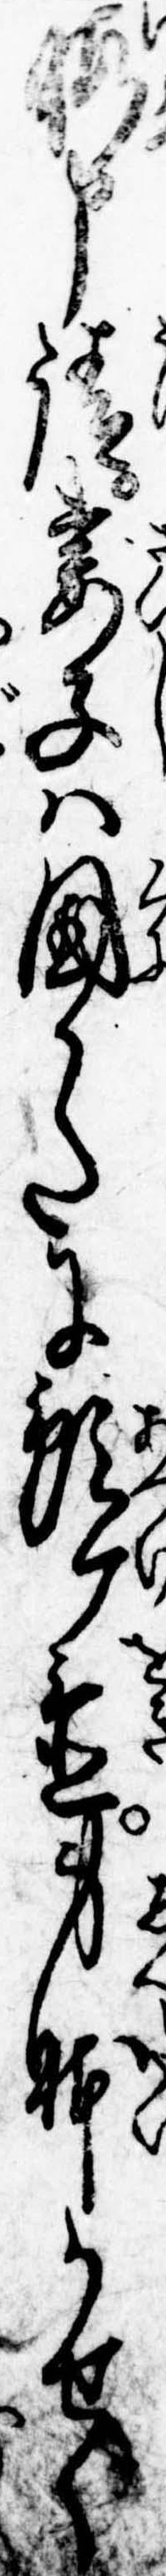
暇申請妻子は国かたに預ケ置身体かせぐ